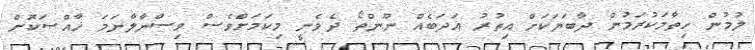
ލުމުން ހިތާމަކުރަމުން ދާބަޔަކަށް އިތުރު އަދަބެއް ނޫންތޯ ދެވެނީ މިކަމަށްވެސް ވިސްނާލާނަމަ ޚާއްޞަކޮށް